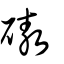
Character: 磝